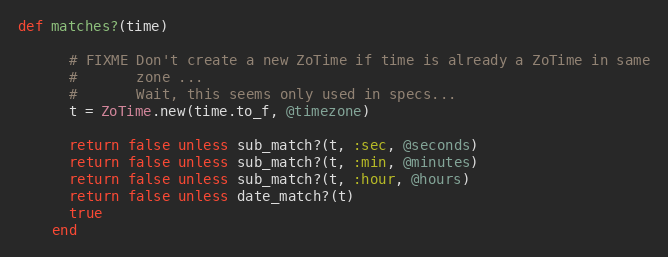
Language: Ruby
def matches?(time)

      # FIXME Don't create a new ZoTime if time is already a ZoTime in same
      #       zone ...
      #       Wait, this seems only used in specs...
      t = ZoTime.new(time.to_f, @timezone)

      return false unless sub_match?(t, :sec, @seconds)
      return false unless sub_match?(t, :min, @minutes)
      return false unless sub_match?(t, :hour, @hours)
      return false unless date_match?(t)
      true
    end